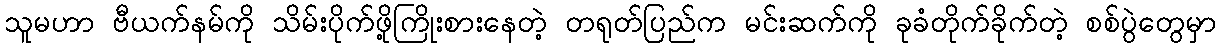
သူမဟာ ဗီယက်နမ်ကို သိမ်းပိုက်ဖို့ကြိုးစားနေတဲ့ တရုတ်ပြည်က မင်းဆက်ကို ခုခံတိုက်ခိုက်တဲ့ စစ်ပွဲတွေမှာ